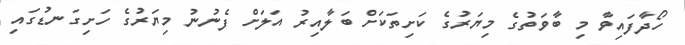
ހޯދާފައިވާ މި ބާވަތުގެ މިޔަރުގެ ކަށިތަކަށް ބަލާއިރު އަލަށް ފެނުނު މިޔަރުގެ ހަށިގަނޑުގައި